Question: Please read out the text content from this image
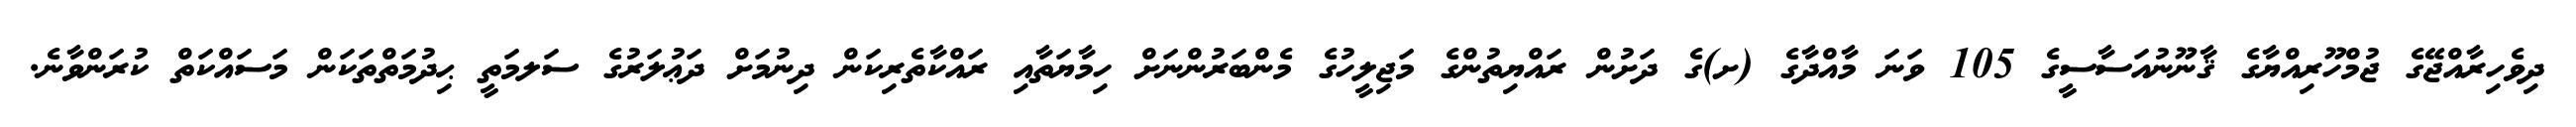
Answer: ދިވެހިރާއްޖޭގެ ޖުމްހޫރިއްޔާގެ ޤާނޫނުއަސާސީގެ 105 ވަނަ މާއްދާގެ (ށ)ގެ ދަށުން ރައްޔިތުންގެ މަޖިލީހުގެ މެންބަރުންނަށް ހިމާޔަތާއި ރައްކާތެރިކަން ދިނުމަށް ދަޢުލަރުގެ ސަލމަތީ ޙިދުމަތްތަކަން މަސައްކަތް ކުރަންވާނެ.